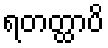
ရတတ္ထာပိ